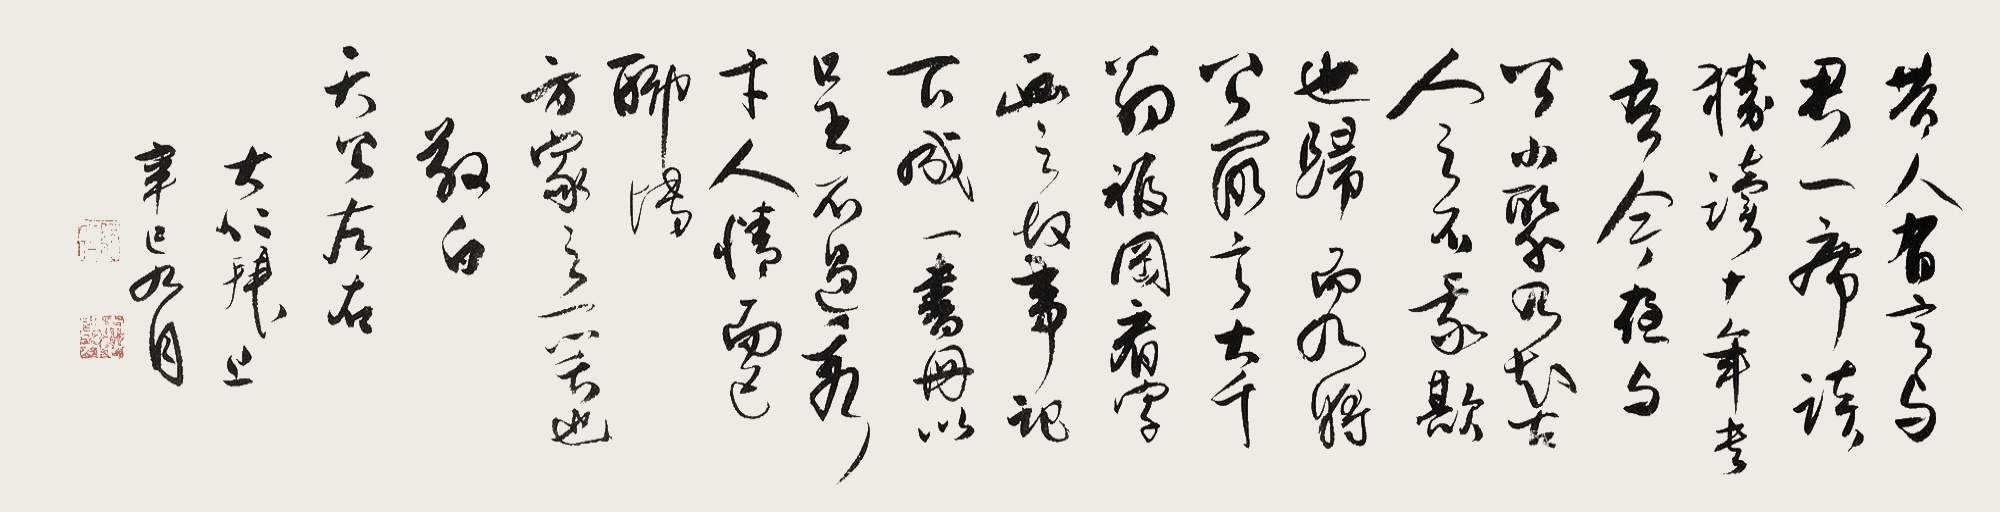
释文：昔人有言，与君一席谈，胜读十年书。吾今夜与公小聚，乃知古人之不我欺也。归而乃将，公所言大千翁福罔看字画之故事，记下成一书册，以呈不过秀卞人情而已，聊传。方家之一笑也，敬白，天公左右。大仁拜上，辛巳九月。